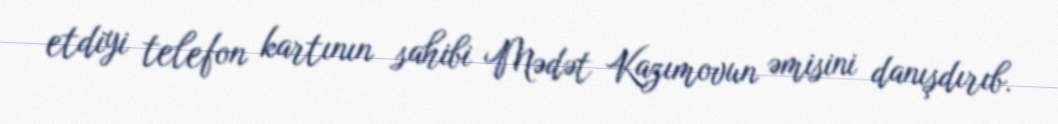
etdiyi telefon kartının sahibi Mədət Kazımovun əmisini danışdırıb.